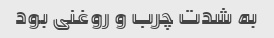
به شدت چرب و‌ روغنی بود